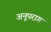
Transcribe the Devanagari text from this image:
अनूपराग